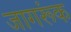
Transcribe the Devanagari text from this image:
जागरूंक